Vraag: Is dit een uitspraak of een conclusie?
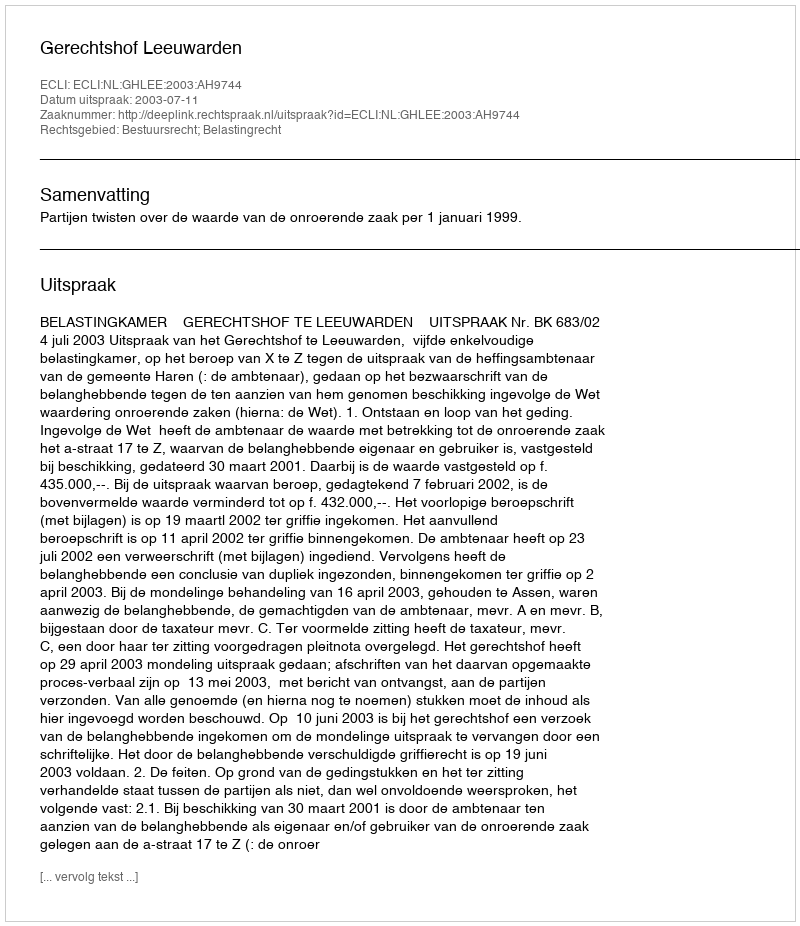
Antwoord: Uitspraak